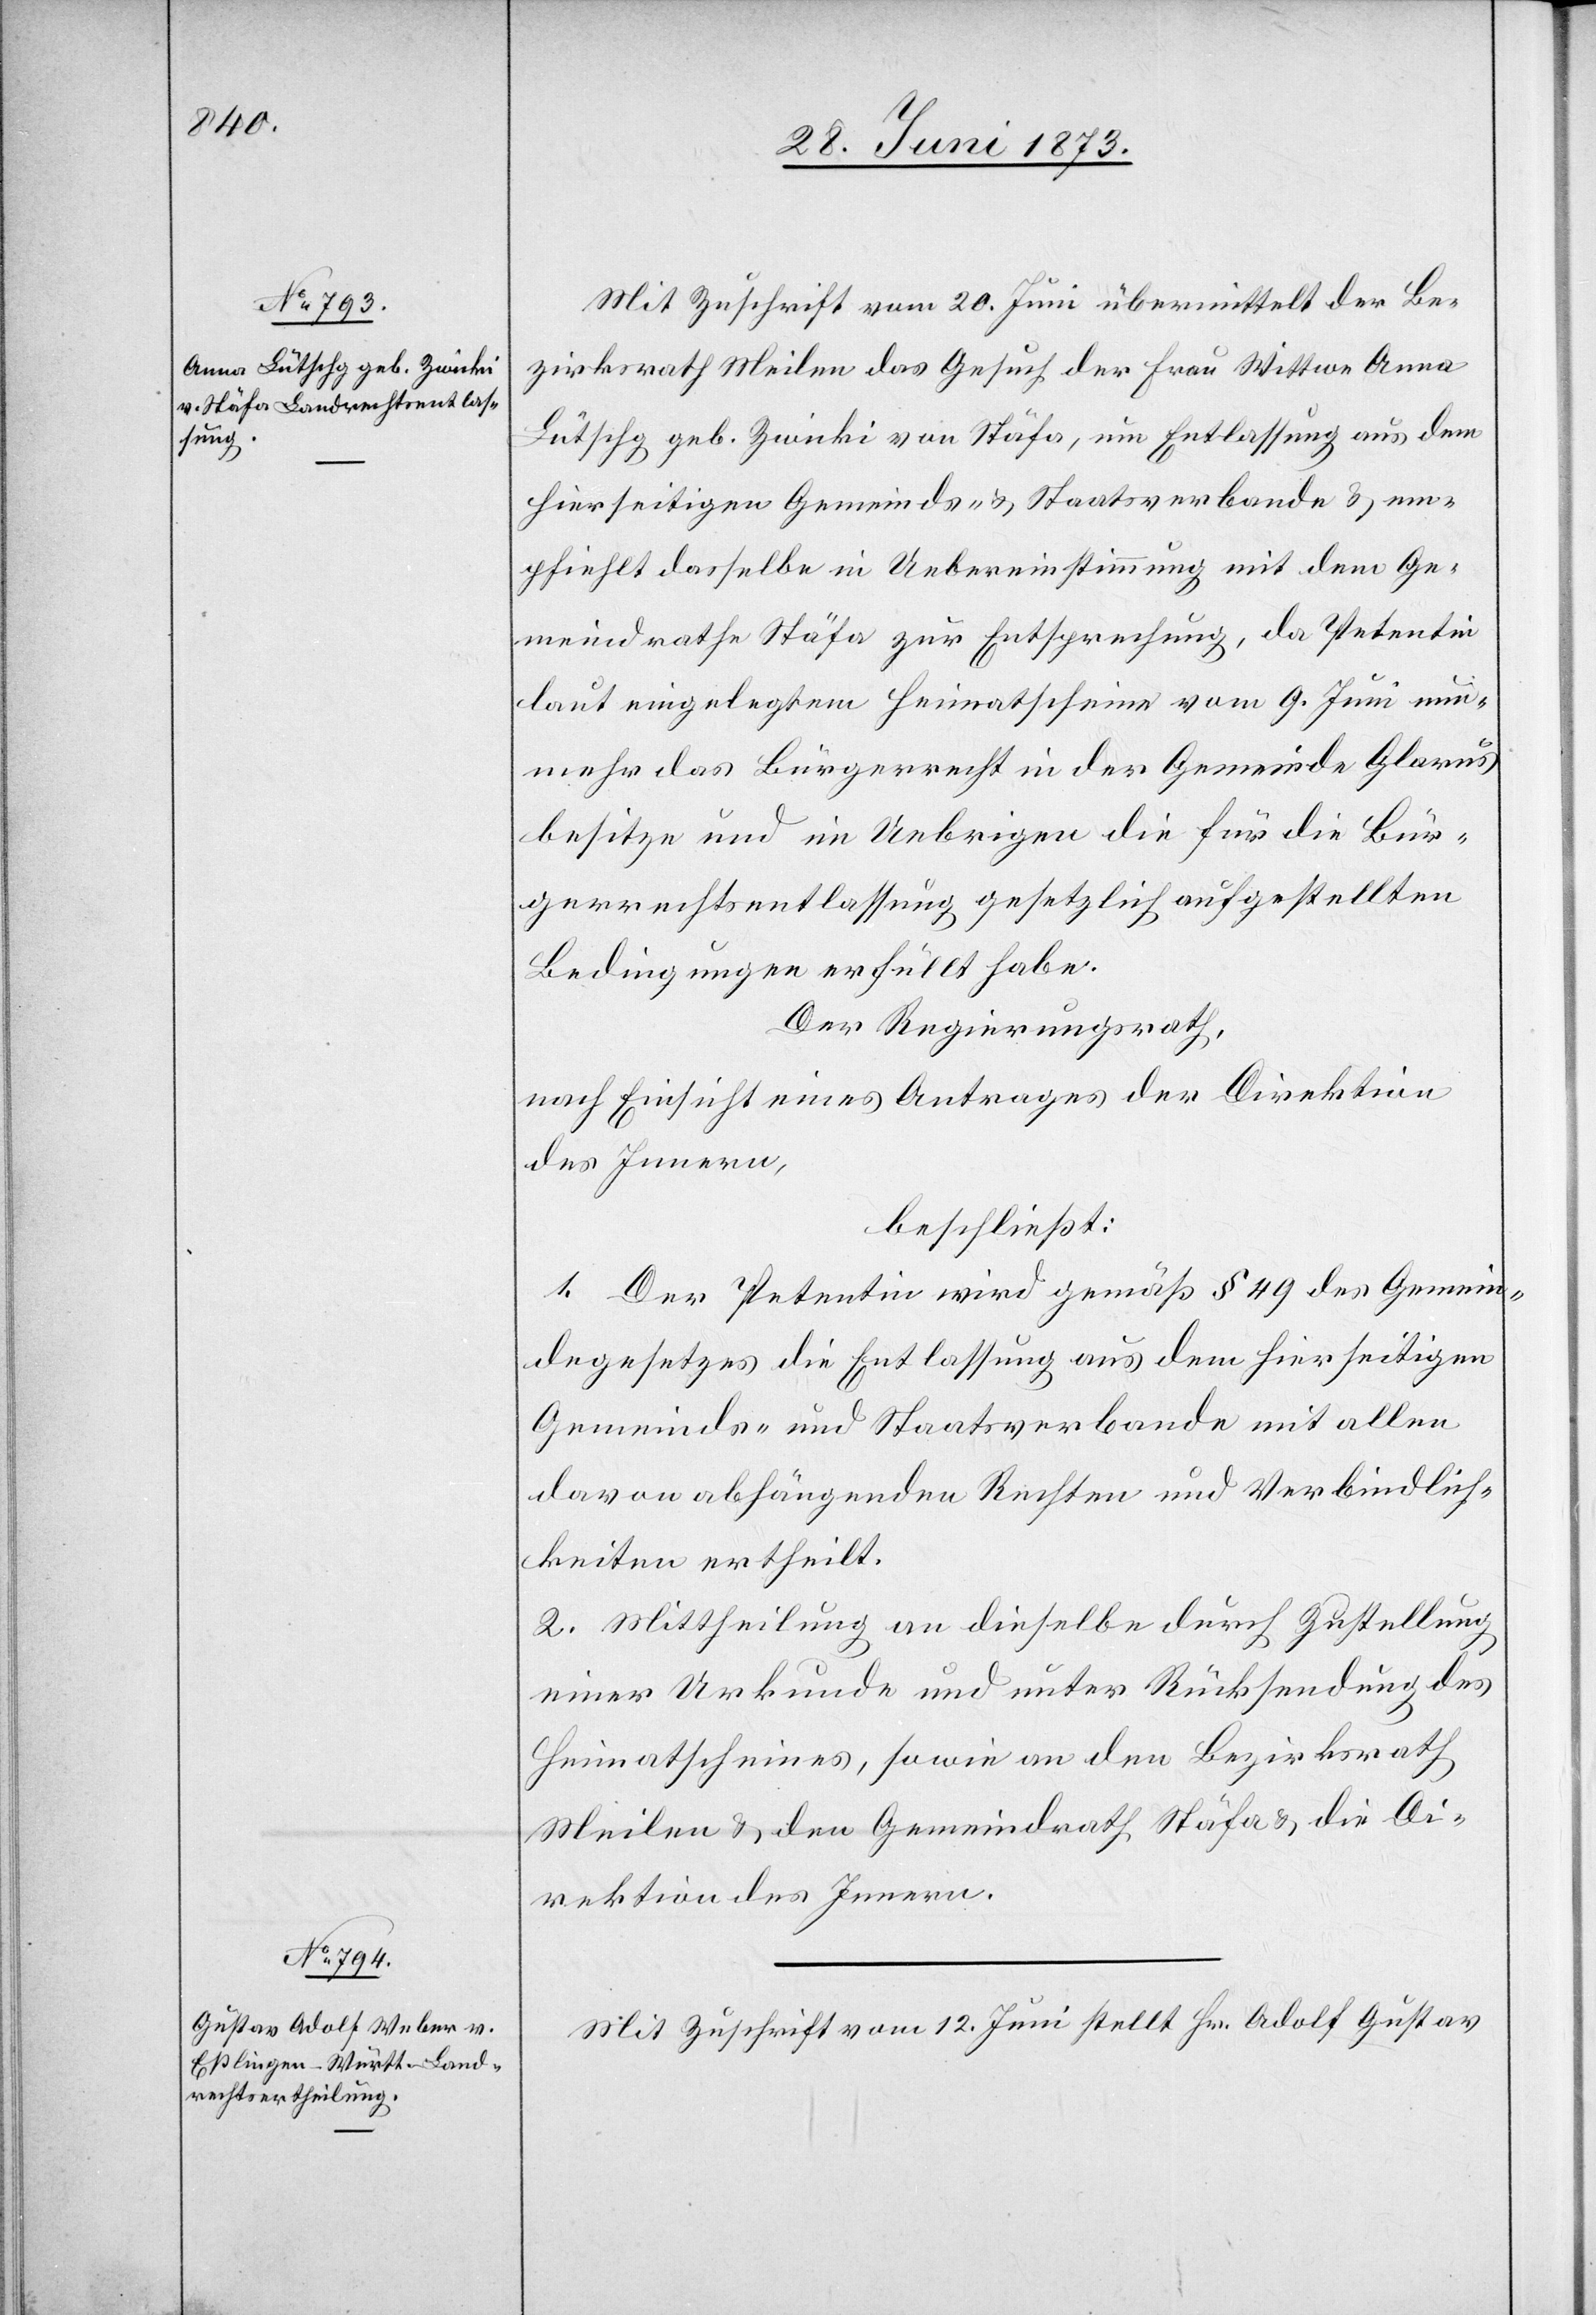
Mit Zuschrift vom 20. Juni übermittelt der Be¬
zirksrath Meilen das Gesuch der Frau Wittwe Anna
Lütschg geb. Zwicki von Stäfa, um Entlassung aus dem
hierseitigen Gemeinds- & Staatsverbande & em¬
pfiehlt dasselbe in Uebereinstimmung mit dem Ge¬
meindrathe Stäfa zur Entsprechung, da Petentin
laut eingelegtem Heimatscheine vom 9. Juni nun¬
mehr das Bürgerrecht in der Gemeinde Glarus
besitze und im Uebrigen die für die Bür¬
gerrechtsentlassung gesetzlich aufgestellten
Bedingungen erfüllt habe.
Der Regierungsrath,
nach Einsicht eines Antrages der Direktion
des Innern,
beschließt:
1. Der Petentin wird gemäß § 49 des Gemein¬
degesetzes die Entlassung aus dem hierseitigen
Gemeinds- und Staatsverbande mit allen
davon abhängenden Rechten und Verbindlich¬
keiten ertheilt.
2. Mittheilung an dieselbe durch Zustellung
einer Urkunde und unter Rücksendung des
Heimatscheines, sowie an den Bezirksrath
Meilen & den Gemeindrath Stäfa & die Di¬
rektion des Innern.
Mit Zuschrift vom 12. Juni stellt Hr. Adolf Gustav